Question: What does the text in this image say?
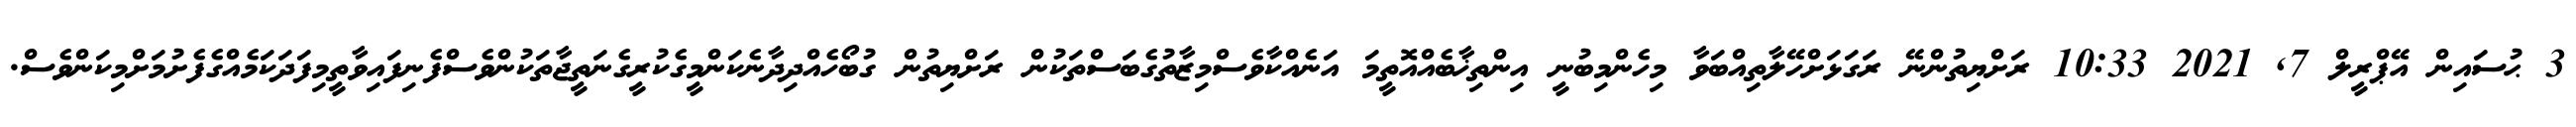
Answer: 3 ޙުސައިން އޭޕްރީލް 7, 2021 10:33 ރަށްޔިތުންނޭ ރަގަޅަށްހޭލާތިއްބަވާ މިހެންމިބުނީ އިންތިޚާބެއްއޮތީމަ އަނެއްކާވެސްމިޒާތުގެބަސްތަކުން ރަށްޔިތުން ގުބޯހެއްދިދާނެކަންމީގެކުރީގެނަތީޖާތަކުންވެސްފެނިފައިވާތީމިފަދަކަމެއްގެފެށުމަށްމިކަންވެސް.